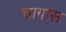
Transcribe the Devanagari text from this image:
चागास